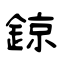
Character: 鍄